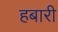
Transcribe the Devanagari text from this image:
हबारी